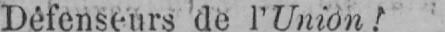
Défenseurs de l’Union!